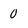
Character: 0